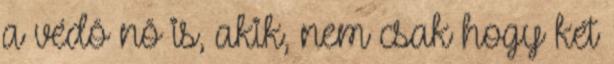
a védõ nõ is, akik, nem csak hogy két